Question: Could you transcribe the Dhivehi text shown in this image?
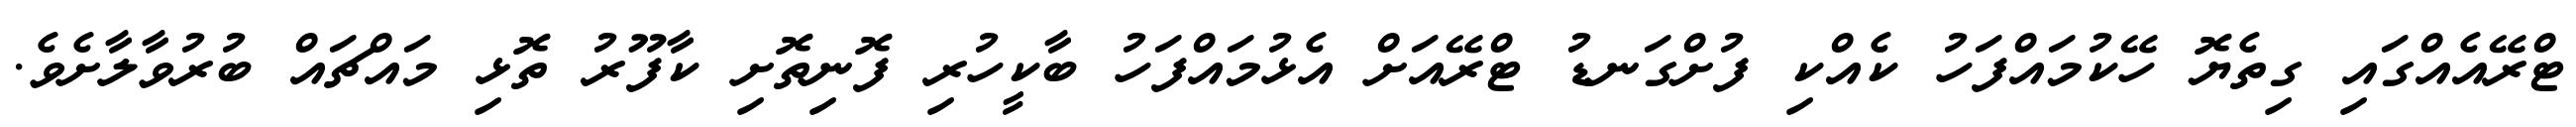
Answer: ޓްރޭއެއްގައި ގިތެޔޮ ހޭކުމައްފަހު ކެއްކި ފުށްގަނޑު ޓްރޭއަށް އެޅުމައްފަހު ބާކީހުރި ފޮނިތޮށި ކާފޫރު ތޮޅި މައްޗައް ބުރުވާލާށެވެ.